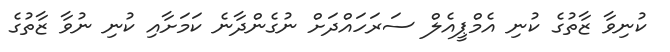
ކުނިވާ ޒާތުގެ ކުނި އެމްޕީއެލް ސަރަހައްދަށް ނުގެންދާނެ ކަމަށާއި ކުނި ނުވާ ޒާތުގެ